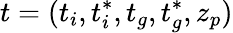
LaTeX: t=(t_{i},t_{i}^{*},t_{g},t_{g}^{*},z_{p})